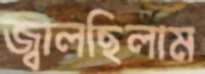
জ্বালছিলাম